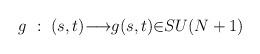
LaTeX: \begin{align*}g ~:~(s,t){\longrightarrow}g(s,t){\in}SU(N+1)\end{align*}